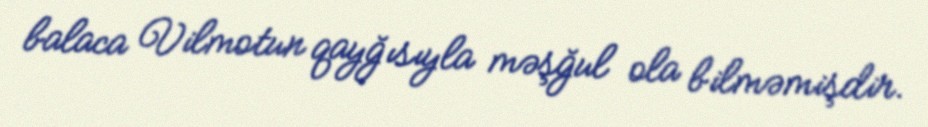
balaca Vilmotun qayğısıyla məşğul ola bilməmişdir.